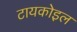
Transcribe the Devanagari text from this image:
टायकोइल